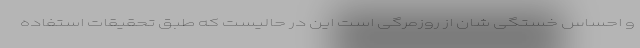
و احساس خستگی شان از روزمرگی است این در حالیست که طبق تحقیقات استفاده